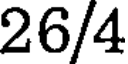
26/4